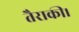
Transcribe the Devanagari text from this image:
तैराकी।